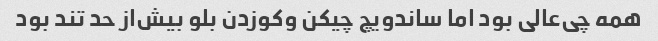
همه چی‌عالی بود اما ساندویچ چیکن و‌کوزدن بلو بیش‌از حد تند بود